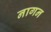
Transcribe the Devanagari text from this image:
नागन